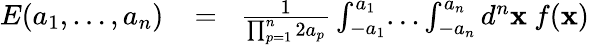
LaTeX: \begin{array}{rlr}{E(a_{1},\dots,a_{n})}&{{}\! =\! }&{{\frac{1}{\prod_{p=1}^{n}2a_{p}}}\int_{-a_{1}}^{a_{1}}\! \dots\int_{-a_{n}}^{a_{n}}d^{n}{\mathbf x}\ f({\mathbf x})}\end{array}